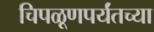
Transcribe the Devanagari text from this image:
चिपळूणपर्यंतच्या